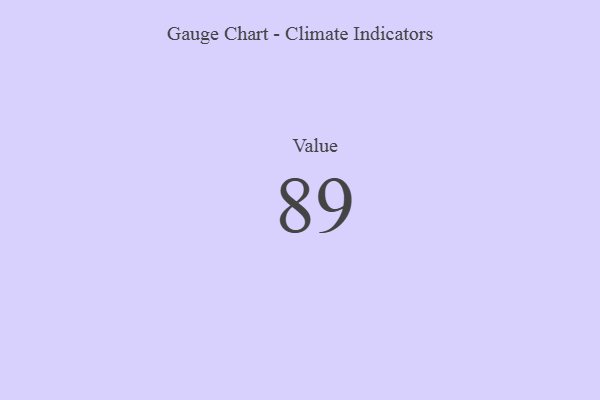
{"axis": {"x": "Metric", "y": "Value"}, "legend": [""], "data": [{"x": "Value", "y": 89, "type": ""}]}